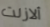
ألازلت